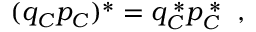
( q _ { \cal C } p _ { \cal C } ) ^ { * } = q _ { \cal C } ^ { \; * } p _ { \cal C } ^ { \; * } \; \; ,